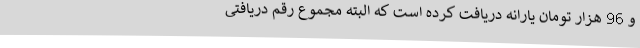
و 96 هزار تومان یارانه دریافت کرده است که البته مجموع رقم دریافتی